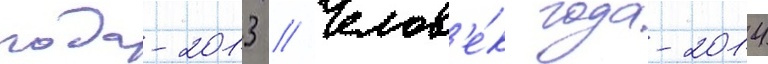
года-2013 // Челов'е́к года-2014